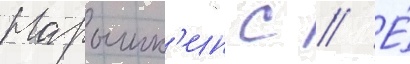
Нарышк'ин с // Е́